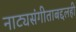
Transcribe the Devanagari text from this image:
नाट्यसंगीताबद्दलही